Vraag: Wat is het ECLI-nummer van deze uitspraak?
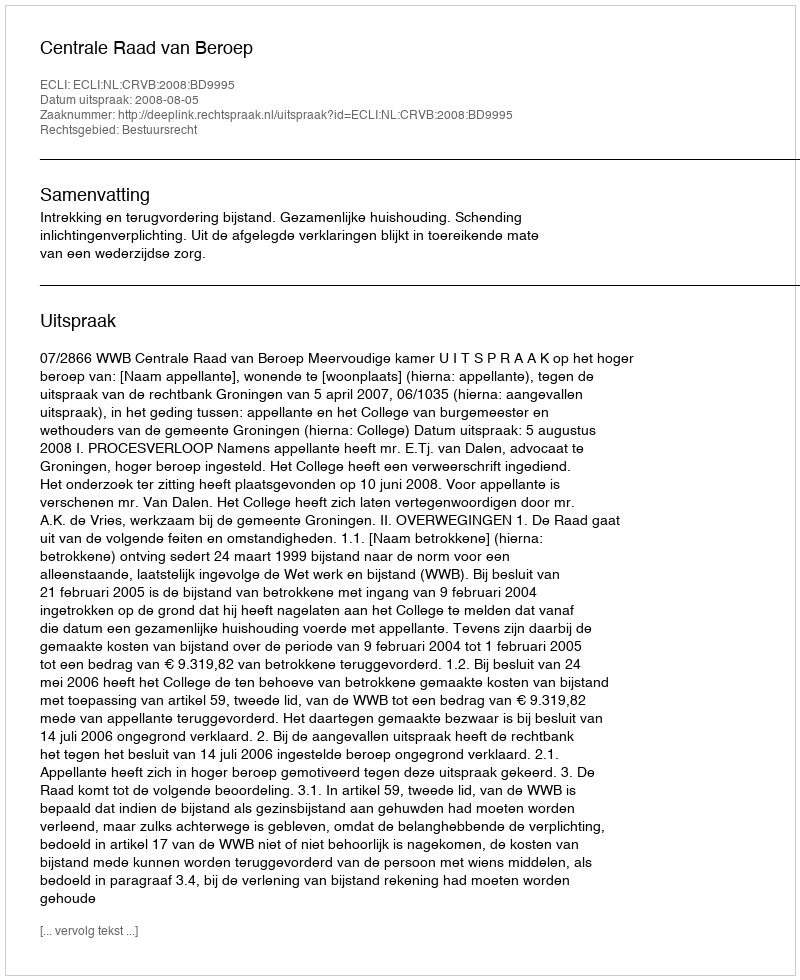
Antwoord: ECLI:NL:CRVB:2008:BD9995